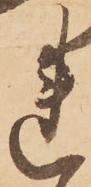
れ